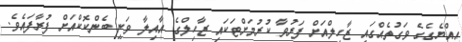
އިއްޔެގެގެ ވަގުތެއްގައި ޒާހިލްއަށް ފަރުވާ ކުރުމަށްޓަކައި ޒާހިލްގެ އާއިލާ ވަނީ ބެންކޮކްއަށް ފުރާފައެވެ.